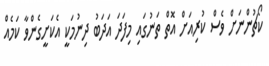
ކޯޗުންނަށް ވެސް ކުރިއަށް އޮތް ތަނުގައި މިފަދަ އަދަބު ދިނުމަކީ އެކަށީގެންވާ ކަމެއް